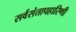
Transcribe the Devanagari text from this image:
सर्वसंतापहारिणी